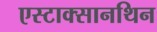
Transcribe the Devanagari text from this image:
एस्टाक्सानथिन